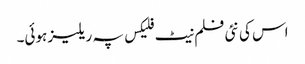
اس کی نئی فلم نیٹ فلیکس پہ ریلیز ہوئی۔